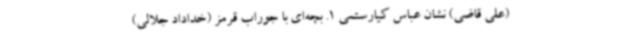
(علی قاضی) نشان عباس کیارستمی 1. بچه‌ای با جوراب قرمز (خداداد جلالی)